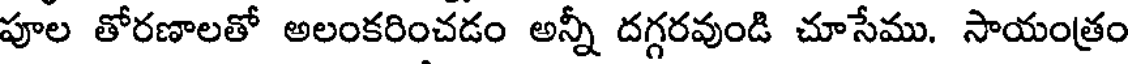
పూల తోరణాలతో అలంకరించడం అన్నీ దగ్గరవుండి చూసేము. సాయంత్రం